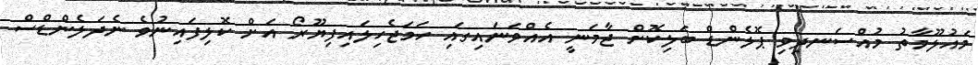
މައުލޫމާތު މުއްސަނދިވި ޕޮލެންޑް ބަލިކޮށް ޖާމަނީ އެއްވަނައިގައި ހަމަޖެހިލައިފިޔޫރޯ އަށް ކޮލިފައިނުވެ ނެދަލެންޑްސް